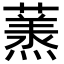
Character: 𮑶